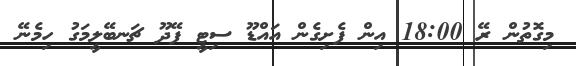
މިގޮތުން ރޭ 18:00 އިން ފެށިގެން އައްޑޫ ސިޓީ ފޭދޫ ޗަނބޭލީމަގު ހިމެނޭ